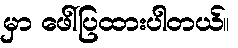
မှာ ဖေါ်ပြထားပါတယ်။